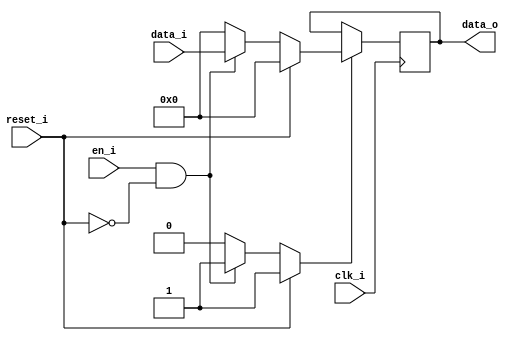
// This program was cloned from: https://github.com/NYU-MLDA/OpenABC
// License: BSD 3-Clause "New" or "Revised" License

module bsg_dff_reset_en_width_p8
(
  clk_i,
  reset_i,
  en_i,
  data_i,
  data_o
);

  input [7:0] data_i;
  output [7:0] data_o;
  input clk_i;
  input reset_i;
  input en_i;
  wire N0,N1,N2,N3,N4,N5,N6,N7,N8,N9,N10,N11,N12,N13;
  reg [7:0] data_o;
  assign N3 = (N0)? 1'b1 : 
              (N13)? 1'b1 : 
              (N2)? 1'b0 : 1'b0;
  assign N0 = reset_i;
  assign { N11, N10, N9, N8, N7, N6, N5, N4 } = (N0)? { 1'b0, 1'b0, 1'b0, 1'b0, 1'b0, 1'b0, 1'b0, 1'b0 } : 
                                                (N13)? data_i : 1'b0;
  assign N1 = en_i | reset_i;
  assign N2 = ~N1;
  assign N12 = ~reset_i;
  assign N13 = en_i & N12;

  always @(posedge clk_i) begin
    if(N3) begin
      { data_o[7:0] } <= { N11, N10, N9, N8, N7, N6, N5, N4 };
    end 
  end


endmodule